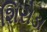
શિરોડા